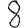
Digit: 8